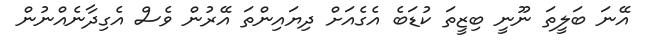
އޭނަ ބަލީތަ ނޫނީ ބިޒީތަ ކުޑަބެ އެގެއަށް ދިޔައިންތަ އޭރުން ވެސް އެގިދާނެއްނުން